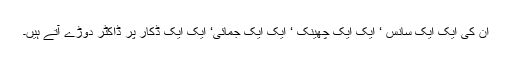
ان کی ایک ایک سانس ‘ ایک ایک چھینک ‘ ایک ایک جمائی‘ ایک ایک ڈکار پر ڈاکٹر دوڑے آتے ہیں۔